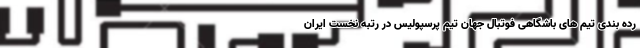
رده بندی تیم های باشگاهی فوتبال جهان تیم پرسپولیس در رتبه نخست ایران